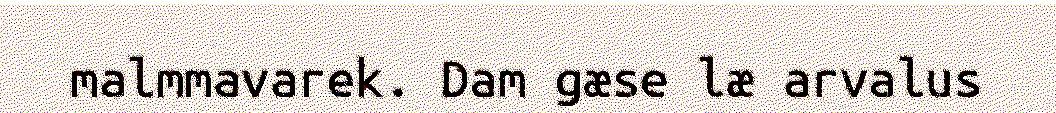
malmmavarek. Dam gæse læ arvalus